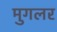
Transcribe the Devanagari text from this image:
मुगलर